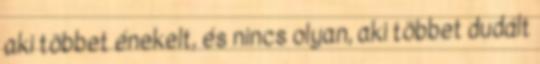
aki többet énekelt, és nincs olyan, aki többet dudált